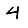
Digit: 4